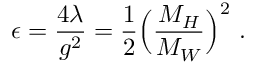
\epsilon = \frac { 4 \lambda } { g ^ { 2 } } = \frac { 1 } { 2 } \Bigl ( \frac { M _ { H } } { M _ { W } } \Bigr ) ^ { 2 } \nonumber \ .